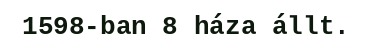
1598-ban 8 háza állt.